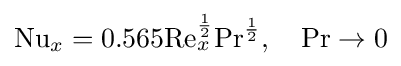
\mathrm {Nu} _{x}=0.565\mathrm {Re} _{x}^{\frac {1}{2}}\mathrm {Pr} ^{\frac {1}{2}},\quad \mathrm {Pr} \to 0